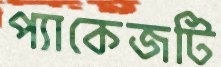
প্যাকেজটি